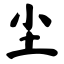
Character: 尘